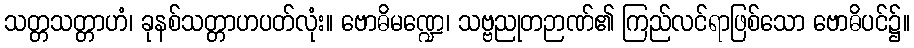
သတ္တသတ္တာဟံ၊ ခုနစ်သတ္တာဟပတ်လုံး။ ဗောဓိမဏ္ဍေ၊ သဗ္ဗညုတဉာဏ်၏ ကြည်လင်ရာဖြစ်သော ဗောဓိပင်၌။